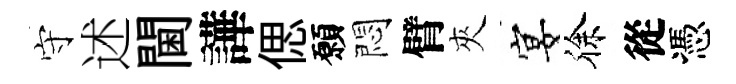
守述閫譁偲願悶臂夾宴徐從憑